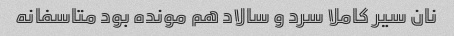
نان سیر کاملا سرد و سالاد هم مونده بود متاسفانه